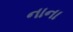
નાના